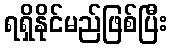
ရရှိနိုင်မည်ဖြစ်ပြီး